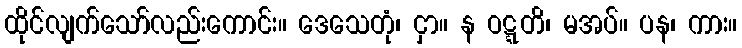
ထိုင်လျက်သော်လည်းကောင်း။ ဒေသေတုံ၊ ငှာ။ န ဝဋ္ဋတိ၊ မအပ်။ ပန၊ ကား။